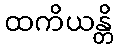
ထကိယန္တိ